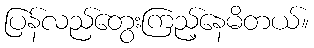
ပြန်လည်တွေးကြည့်နေမိတယ်။